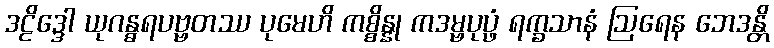
ဒဠိဒ္ဒေါ ယုဂန္ဓရပဗ္ဗတဿ ပုမေဟိ ကစ္စိန္နု ကဒမ္ဗပုပ္ဖံ ရက္ခသာနံ ဩရေန ဘေဒန္တိ